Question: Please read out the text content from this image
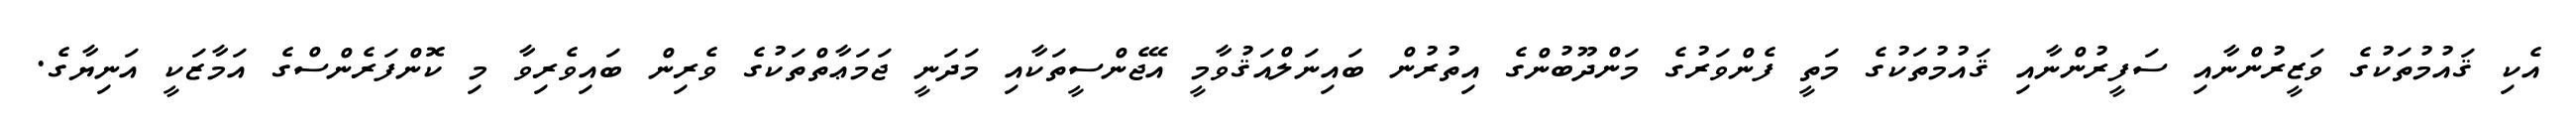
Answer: އެކި ޤައުމުތަކުގެ ވަޒީރުންނާއި ސަފީރުންނާއި ޤައުމުތަކުގެ މަތީ ފެންވަރުގެ މަންދޫބުންގެ އިތުރުން ބައިނަލްއަޤުވާމީ އޭޖެންސީތަކާއި މަދަނީ ޖަމަޢާތްތަކުގެ ވެރިން ބައިވެރިވާ މި ކޮންފަރެންސްގެ އަމާޒަކީ އަނިޔާގެ.